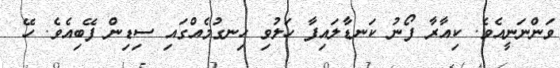
ވަންނަނީއެވެ. ކިއާރާ ފޯނު ކަނޑާލައިފާ ހަލުވި ހިނގުމެއްގައި ސިޑިން ފޭބިއެވެ. ހޭ